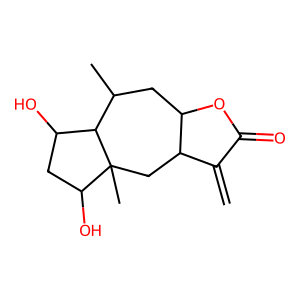
SMILES: C=C1C(=O)OC2CC(C)C3C(O)CC(O)C3(C)CC12
Inhibits HIV replication: No